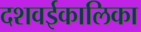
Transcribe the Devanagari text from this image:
दशवईकालिका